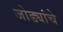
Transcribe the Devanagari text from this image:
जोड्यांचे